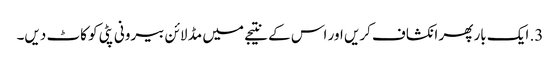
3. ایک بار پھر انکشاف کریں اور اس کے نتیجے میں مڈ لائن بیرونی پٹی کو کاٹ دیں۔